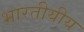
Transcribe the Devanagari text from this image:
भारतीयीय